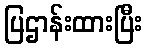
ပြဌာန်းထားပြီး